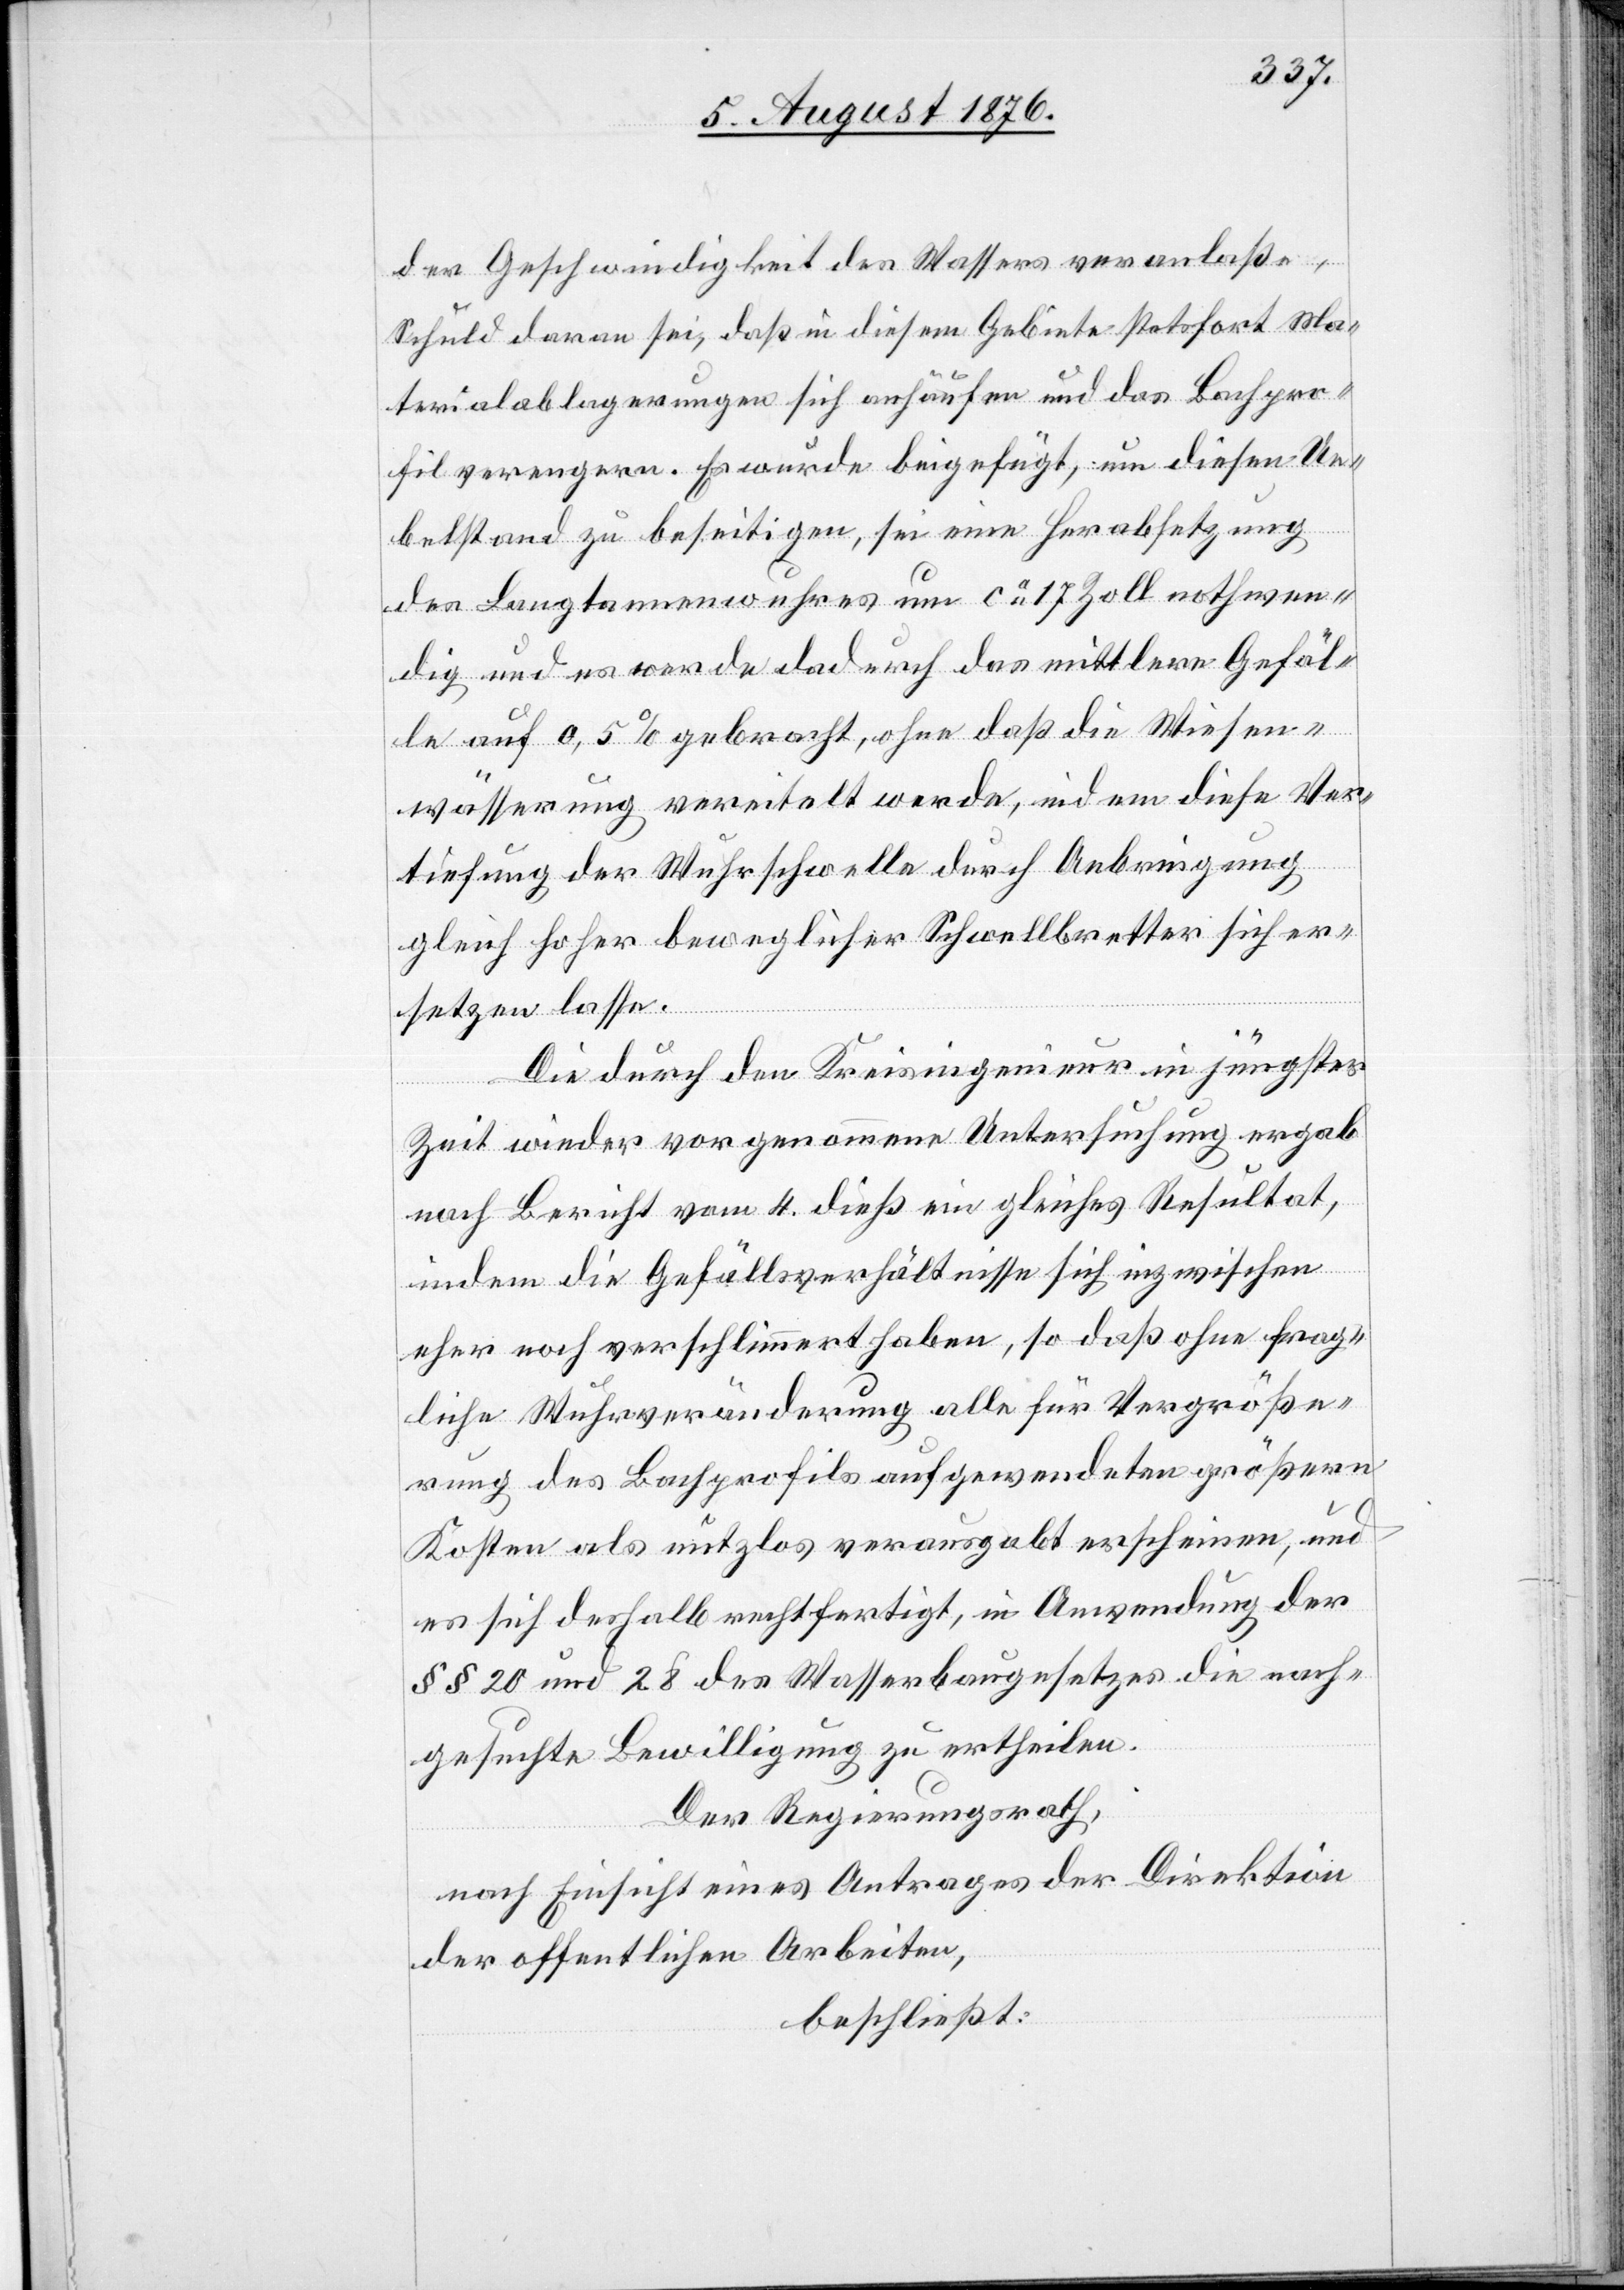
der Geschwindigkeit des Wassers veranlaße,
Schuld daran sei, das in diesem Gebiete stetsfort Ma¬
terialablagerungen sich anhäufen und das Bachpro¬
fil verengern. Es wurde beigefügt, um diesen Ue¬
belstand zu beseitigen, sei eine Herabsetzung
des Langtannenwuhres um ca 17 Zoll nothwen¬
dig und es werde dadurch das mittlere Gefäl¬
le auf 0,5 % gebracht, ohne daß die Wiesen¬
wässerung vereitelt werde, indem diese Ver¬
tiefung der Wuhrschwelle durch Anbringung
gleich hoher beweglicher Schwellbretter sich er¬
der
setzen lasse.
Die durch den Kreisingenieur in jüngster
Arbeiten,
Zeit wieder vorgenommene Untersuchung ergab
nach Bericht vom 4. dieß ein gleiches Resultat,
indem die Gefällsverhältnisse sich inzwischen
eher noch verschlimmert haben, so daß ohne frag¬
liche Wuhrveränderung alle für Vergröße¬
rung des Bachprofils aufgewendeten größern
Kosten als nutzlos verausgabt erscheinen, und
es sich deshalb rechtfertigt, in Anwendung der
§§ 20 und 28 des Wasserbaugesetzes die nach¬
gesuchte Bewilligung zu ertheilen.
Der Regierungsrath,
nach Einsicht eines Antrages der Direktion
beschließt: